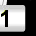
Digit: 1